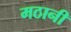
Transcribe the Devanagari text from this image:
मठानी